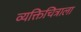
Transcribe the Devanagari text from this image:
व्यक्तिचित्राला